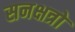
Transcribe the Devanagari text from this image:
सनक्षत्रो